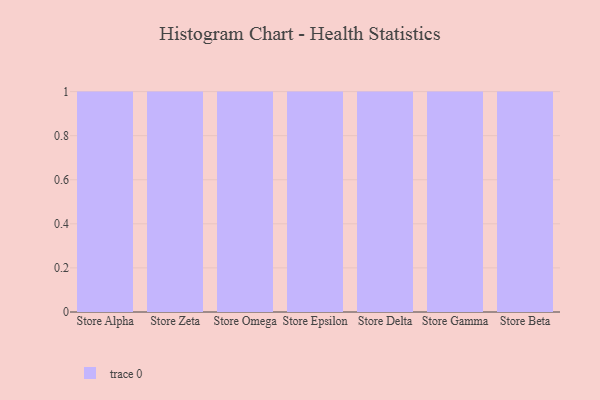
{"axis": {"x": "Store", "y": "Active Users"}, "legend": [""], "data": [{"x": "Store Alpha", "y": 22, "type": ""}, {"x": "Store Zeta", "y": 29, "type": ""}, {"x": "Store Omega", "y": 73, "type": ""}, {"x": "Store Epsilon", "y": 62, "type": ""}, {"x": "Store Delta", "y": 31, "type": ""}, {"x": "Store Gamma", "y": 22, "type": ""}, {"x": "Store Beta", "y": 65, "type": ""}]}